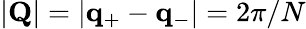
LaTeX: |\mathbf{Q}|=|\mathbf{q}_{+}-\mathbf{q}_{-}|=2\pi/N